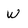
Character: w